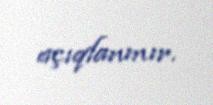
açıqlanmır.